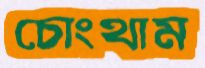
চোংথাম